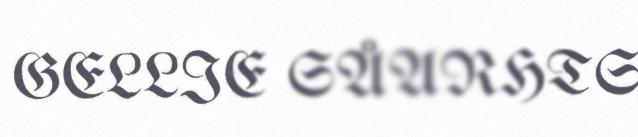
GELLIE SÅARHTS